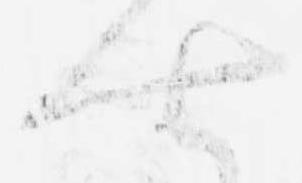
七